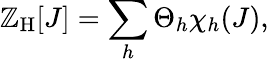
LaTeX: \mathbb{Z}_{\mathrm{{H}}}[J]=\sum_{h}\Theta_{h}\chi_{h}(J),